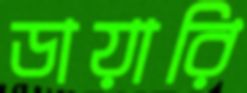
ডায়ারি